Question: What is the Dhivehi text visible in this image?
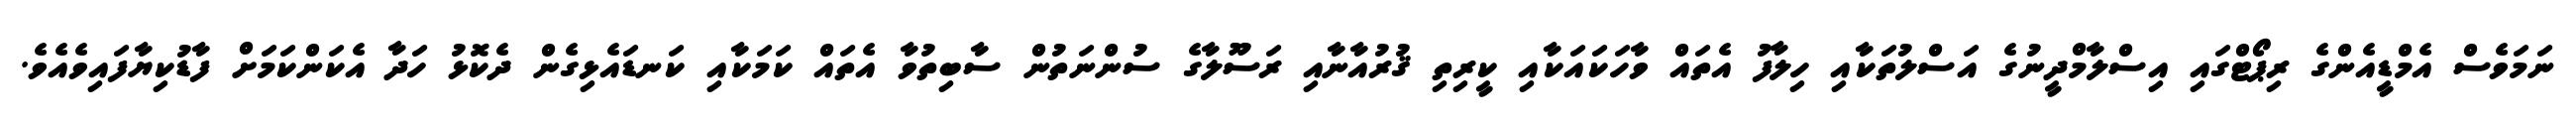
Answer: ނަމަވެސް އެމްޑީއެންގެ ރިޕޯޓްގައި އިސްލާމްދީނުގެ އަސްލުތަކާއި ހިލާފު އެތައް ވާހަކައަކާއި ކީރިތި ޤުރުއާނާއި ރަސޫލާގެ ސުންނަތުން ސާބިތުވާ އެތައް ކަމަކާއި ކަނޑައެޅިގެން ދެކޮޅު ހަދާ އެކަންކަމަށް ފާޑުކިޔާފައިވެއެވެ.